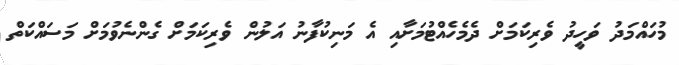
މުހައްމަދު ވަހީދު ވެރިކަމަށް ދެމެހެއްޓުމަށާއި އެ މަނިކުފާނު އަލުން ވެރިކަމަށް ގެންނެވުމަށް މަސައްކަތް